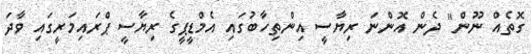
ގޮތެއް ނޫން" ދެން އޮންނަ ރިޔާސީ އިންތިހާބުގައި އެމްޑީޕީގެ ރިޔާސީ ޕްރައިމަރީގައި ވާދަ